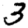
Digit: 3